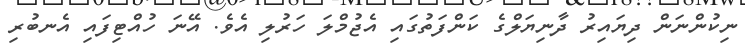
ނިކުންނަން ދިޔައިރު ދާނިޔަލްގެ ކަންފަތުގައި އެޖުމްލަ ހަރުލި އެވެ. އޭނަ ހުއްޓިފައި އެނބުރި